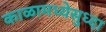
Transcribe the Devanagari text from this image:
काळामध्येसुध्दा